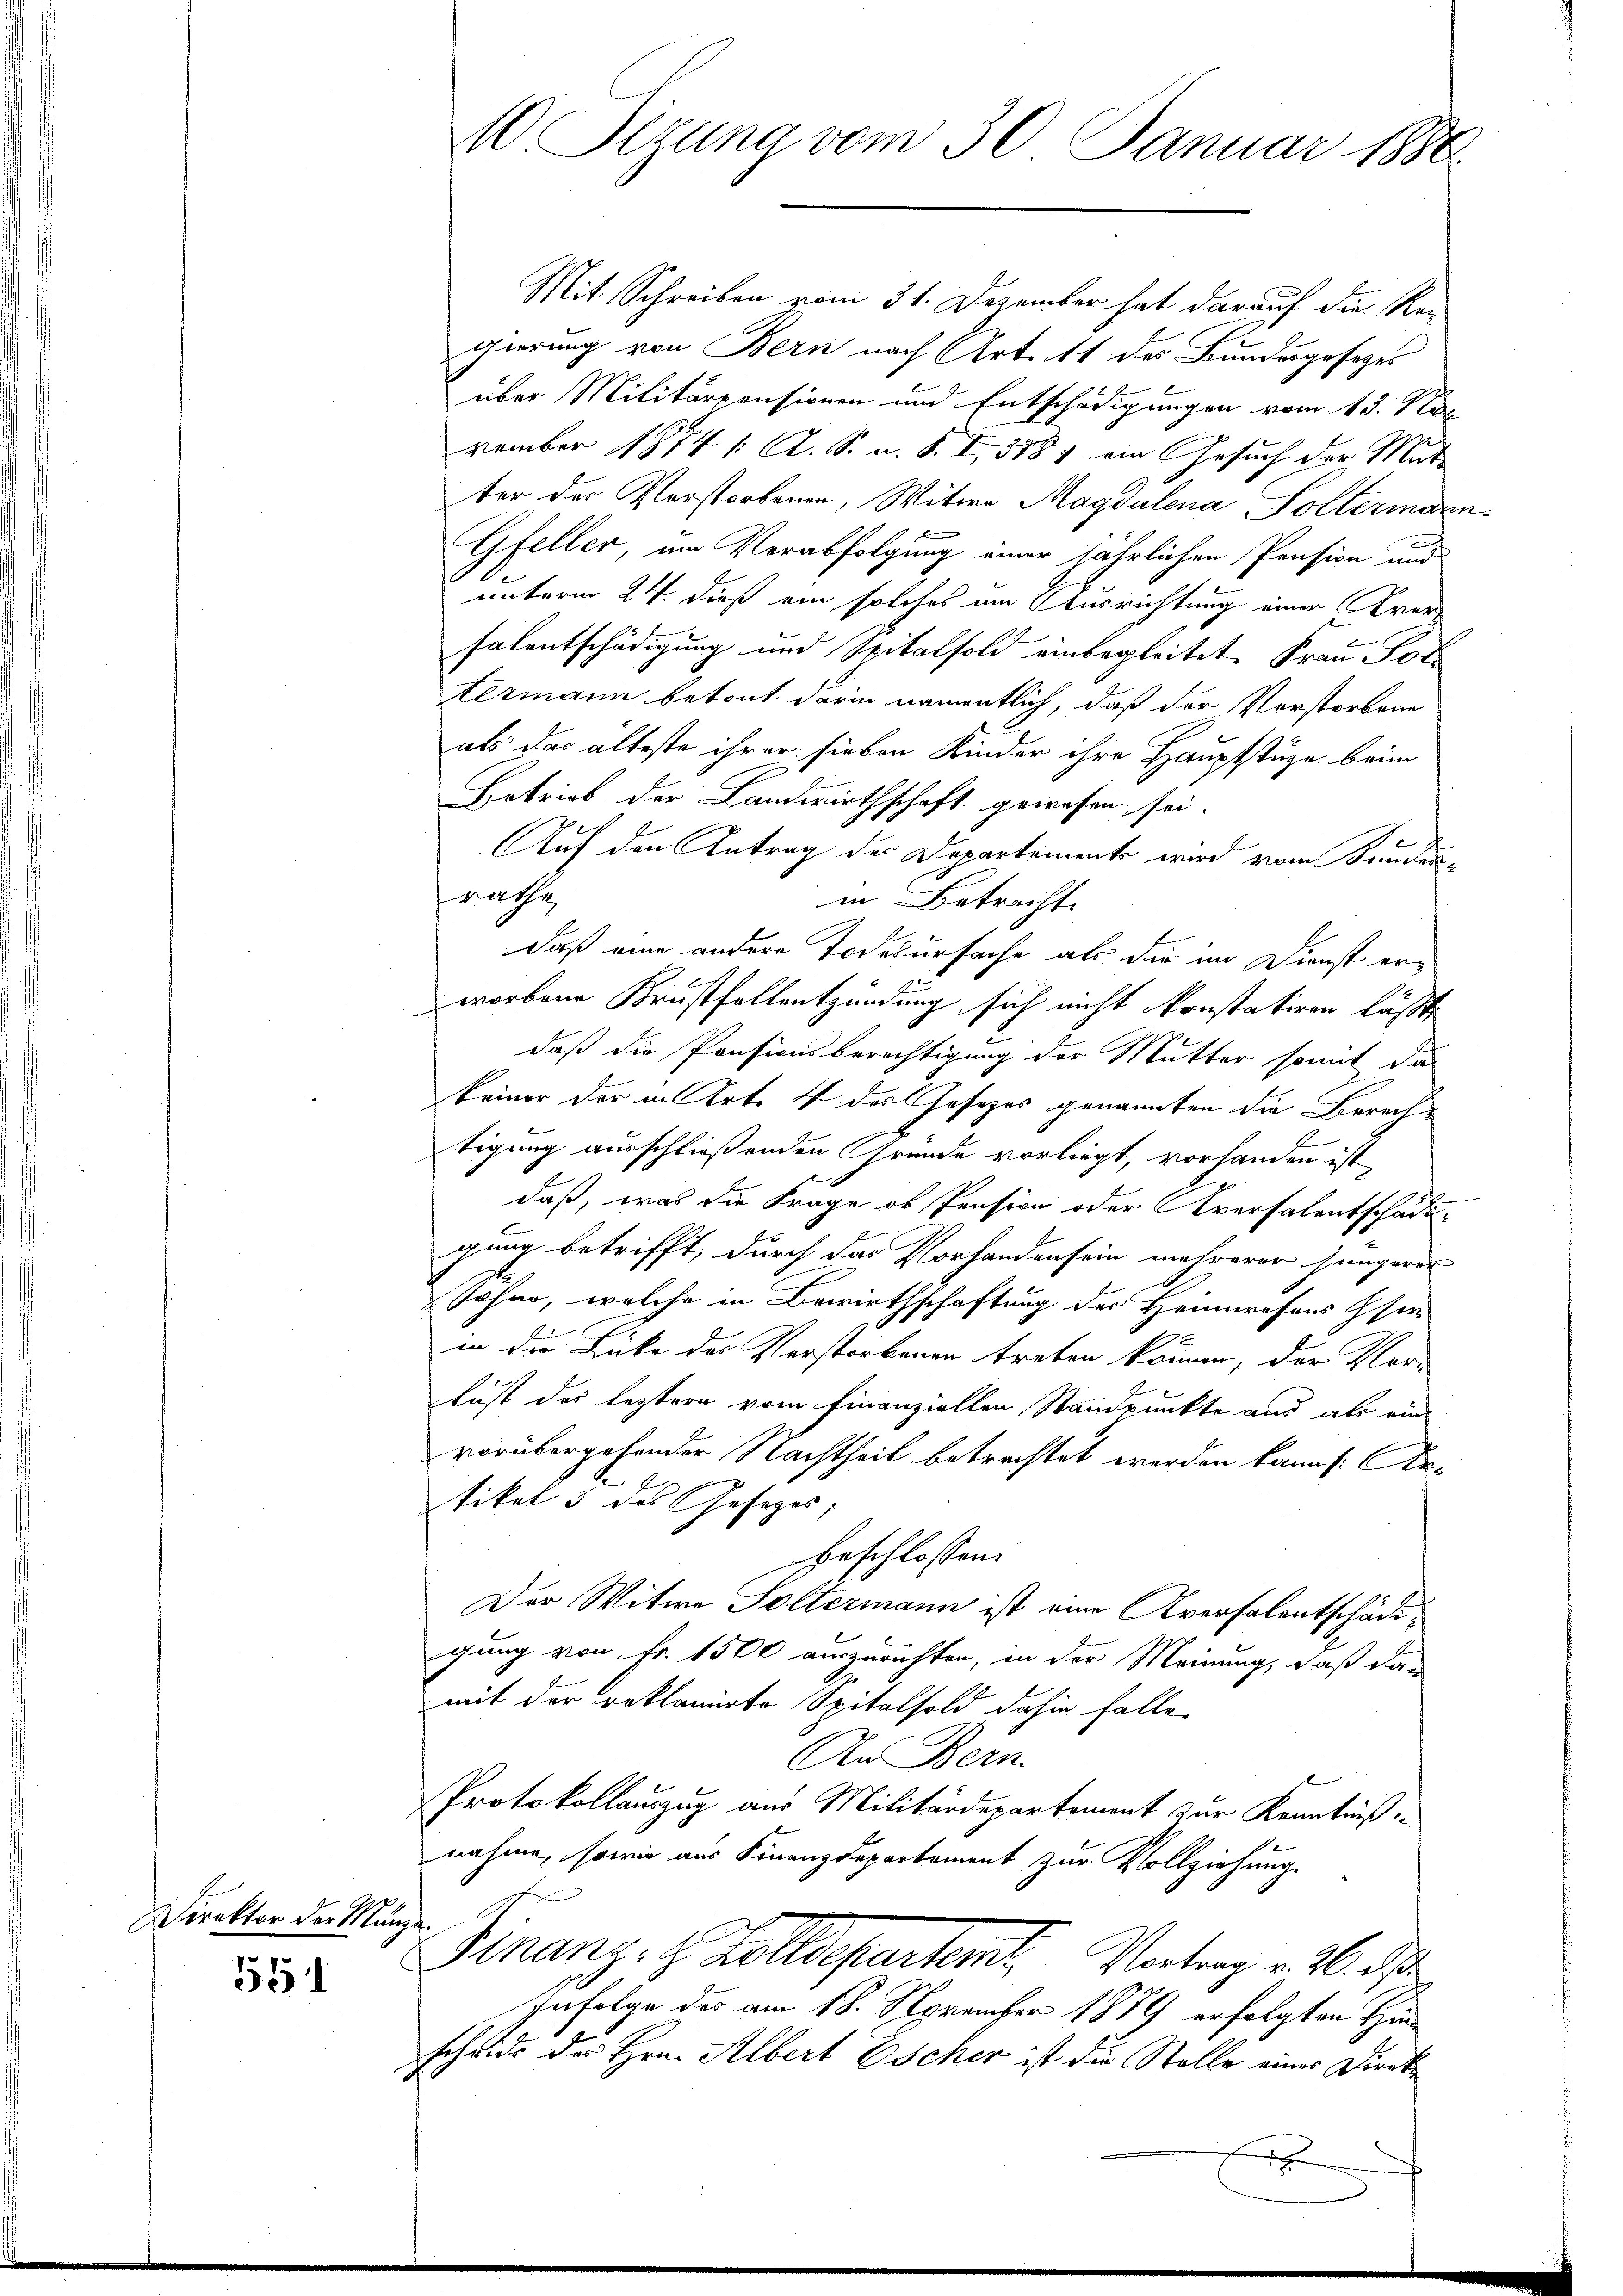
Direktor der Munzie

1551

10 Sizung vom 30. Januar 1886.

Mit Schreiben vom 31. Dezember hat darauf die Ren
gierung von Bern nach Artelt des Bundesgesetzes
über Militärpensionen und Entschädigungen vom 13. Nov
vember 1874 /: A. S. u. S. I, 1884 ein Gesuch der Mutter der Vorstorbenen, Witwe Magdalena Soltermarnx
Gfeller, am Verabfolgung einer jährlichen Pension und
unterm 24. dieß ein solches am Ausrichtung einer Krersalentschädigung und Spitalfold einbegleitet. Frau Got
termann betont darin namentlich, daß der Verstorbene
als das älteste ihrer sieben Kinder ihre Hauptstüze beim
Betrieb der Landwirthschaft gewesen sei.
Auf den Antrag des Departemente wird vom Kunden-
rathe
in Betracht.
daß eine andere Todesursache als der im Dienst erworbene Krustfellentzündung sich nicht konstatiren läßte
daß die Pensionsberechtigung der Mutter somit da-
keiner der in Art. 4 des Gesezes genannten die Berechtigung ausschließenden Gründe vorliegt, vorhanden ist,
daß, was die Frage ob Pension oder Aversalentschädi-
gung betrifft, durch das Vorhandensein mehrerer Hungaris
Johan, welche in Bewirthschaftung der Heimwesens Eser
in die Lücke des Verstorbenen treten können, der Vor-
Lust des leztere vom Finanziellen Standpunkte aus als ein
vorübergehender Nachtheil betrachtet worden kann : Ar¬
E
tikel 5 des Gesezes;
beschlossen:
Der Witwe Soltermann ist eine Aversalentschädigung von Fr. 1500 auszurichten, in der Meinung, daß dann
mit der reklamirte Spitalsold dahin falle.
An Bern.
Protokollauszug aus Militärdepartement zur Kenntniß
nahme, sowie aus Finanzdepartement zur Vollziehung.
Finanz- & Zolldepartent. Vortrag v. 6. d
Infolge des am 18. September 1889 erfolgten Hinscheide des Hrn. Albert Escher ist die Stelle einer Direk¬